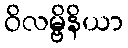
ဝိလမ္ဗိနိယာ